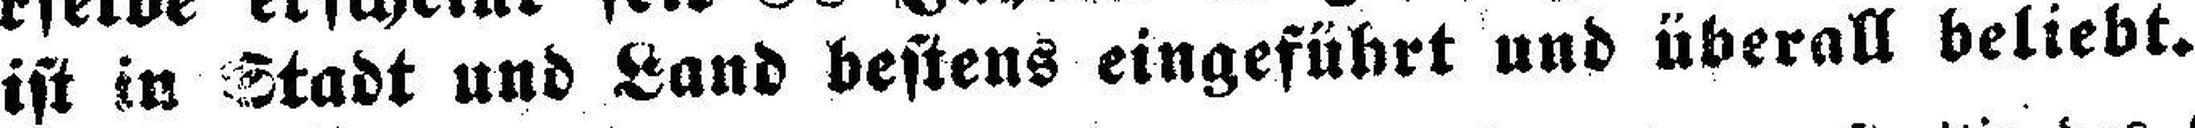
ist in Stadt und Land bestens eingeführt und überall beliebt.